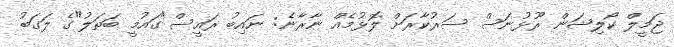
ޖަމީލް ކޯލިޝަން ރޫޅުނަސް ސަރުކާރަށް ލޮޅުމެއް ނާރާނެ: ނައިބު ރައީސް"ގައުމީ ބަތަލު"ގެ ލަގަބު